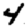
Digit: 4